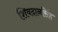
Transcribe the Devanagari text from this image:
शिवदानसिंह